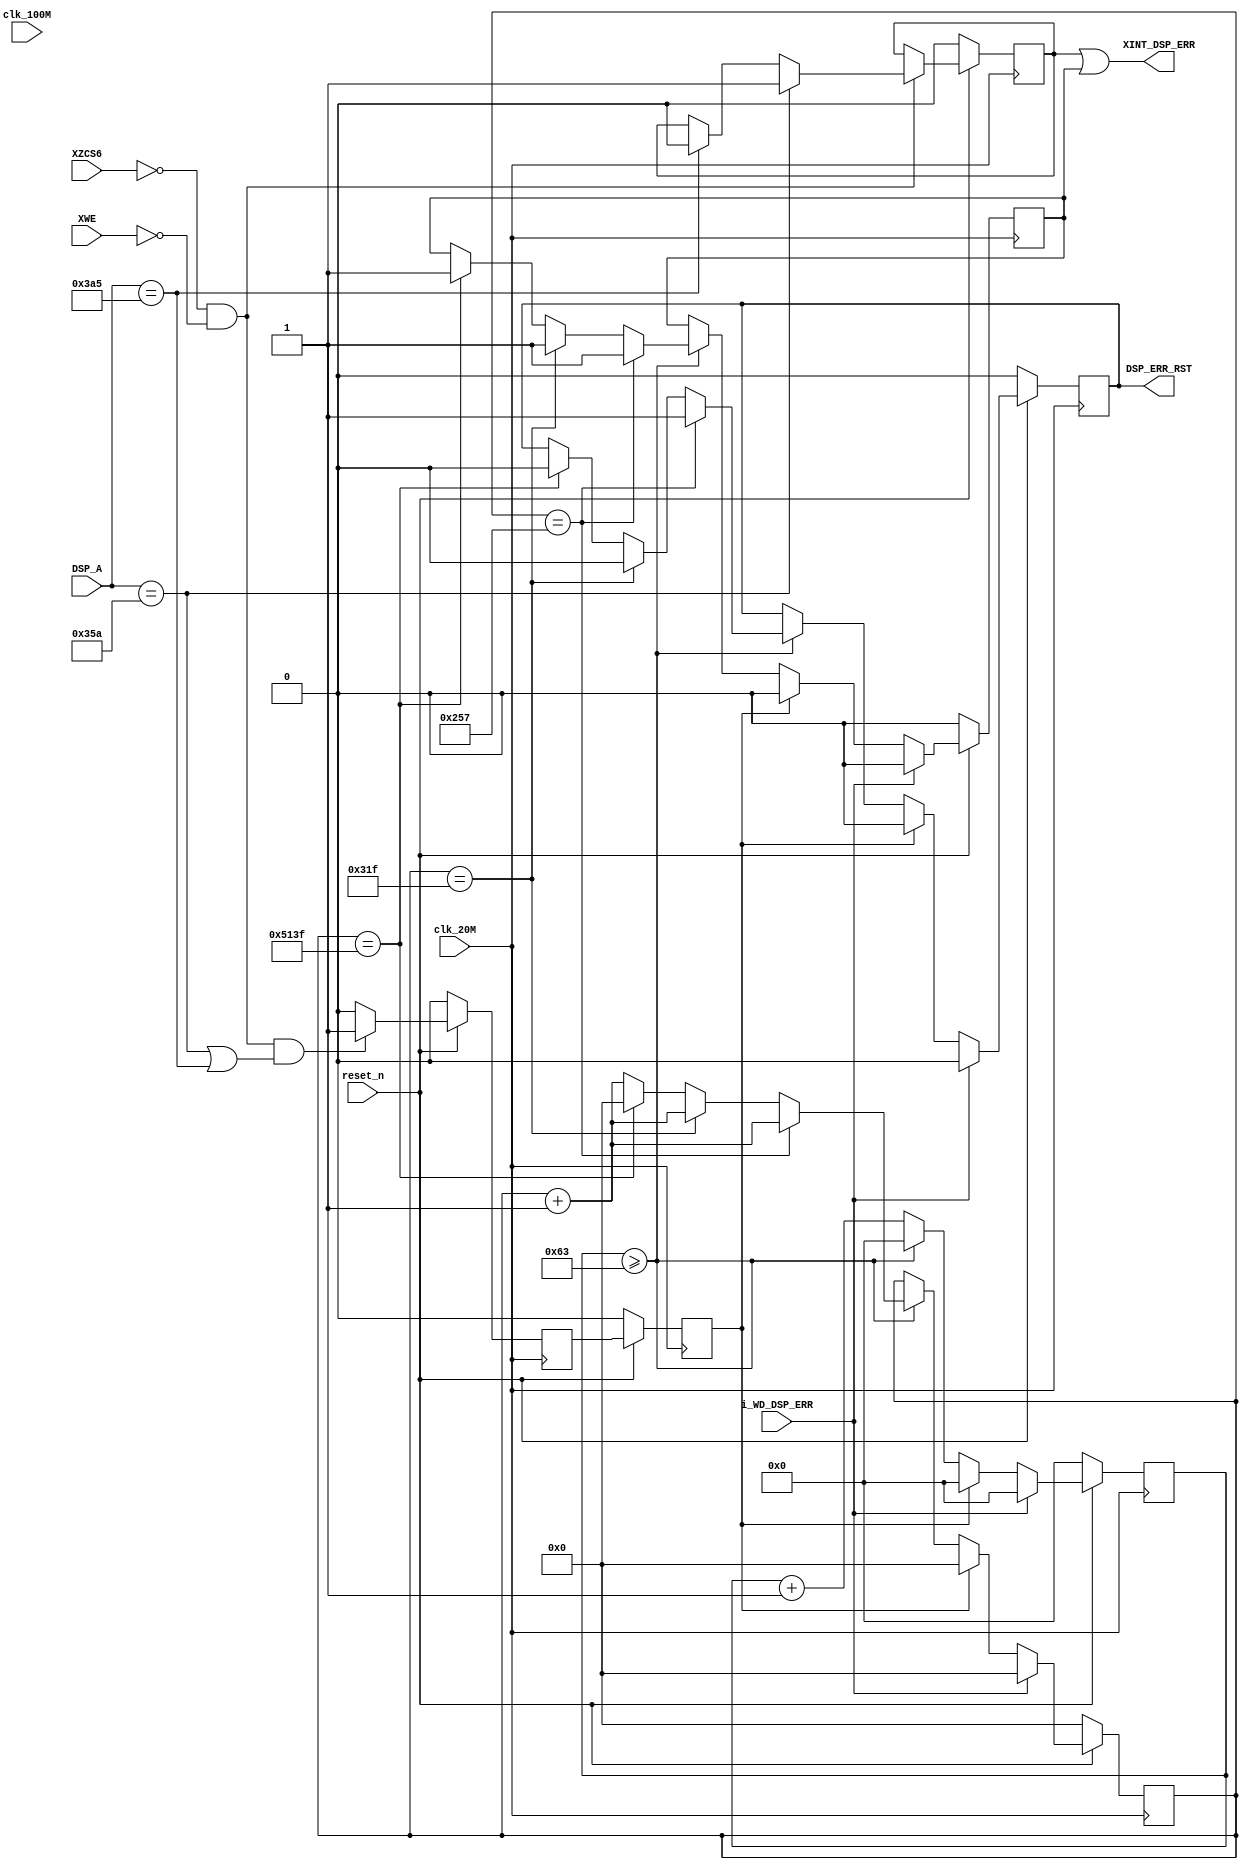
`timescale 1ns / 1ps
//////////////////////////////////////////////////////////////////////////////////
// Company: 
// Engineer: 
// 
// Design Name: 
// Module Name:    XintDSP_Check 
// Project Name: 
// Target Devices: 
// Tool versions: 
// Description: 
//
// Dependencies: 
//
// Revision: 
// Revision 0.01 - File Created
// Additional Comments: 
//
//////////////////////////////////////////////////////////////////////////////////
module XintDSP_Check(
                   input clk_20M,
						 input clk_100M,
						 input reset_n,
						 input XZCS6,
						 input XWE,
						 input [15:0]DSP_A,
						 input i_WD_DSP_ERR,
						 output reg DSP_ERR_RST,
						 output XINT_DSP_ERR
                   );

parameter para_DSP_ERR  = 16'd599;//DSP-3ms
parameter para_DSP_Rst  = para_DSP_ERR + 16'd200;//DSP-1ms
parameter para_DSP_init = para_DSP_Rst + 16'd20_000;//DSP-100ms

wire sig_dsp_addr;
reg sig_dsp_addr0, sig_dsp_addr1;
reg [7:0] cnt1_DSP;
reg [15:0] cnt2_DSP;
reg XINT_ERR;//DSP 156us,DSP
reg DSP_ERR;//DSP3ms,DSP
assign XINT_DSP_ERR = XINT_ERR | DSP_ERR;
assign sig_dsp_addr = ((XZCS6==1'b0) && (XWE==1'b0) && ((DSP_A[15:0]==16'h035A) || (DSP_A[15:0]==16'h03A5))) ? 1'b1 : 1'b0;

always @ (posedge clk_20M)
begin
	if(!reset_n) XINT_ERR <= 1'b0;
	else if((XZCS6 == 1'b0) && (XWE == 1'b0)) begin
		if(DSP_A[15:0]==16'h035A) XINT_ERR <= 1'b1;//DSP 156us
		else if(DSP_A[15:0]==16'h03A5) XINT_ERR <= 1'b0;//DSP 156us
		else XINT_ERR <= XINT_ERR;
	end
	else XINT_ERR <= XINT_ERR;
end
//-------------DSP---------------------
always @ (negedge clk_20M)
begin
	if (!reset_n) begin
		sig_dsp_addr0 <= 1'b0;
		sig_dsp_addr1 <= 1'b0;
	end
	else begin
		sig_dsp_addr0 <= sig_dsp_addr;
		sig_dsp_addr1 <= sig_dsp_addr0;
	end
end

always @ (posedge clk_20M)
begin
	if(!reset_n) begin
		DSP_ERR <= 1'b0;
		DSP_ERR_RST <=1'b0;
		cnt1_DSP <= 8'd0;
		cnt2_DSP <= 16'd0;
	end
	else if ( i_WD_DSP_ERR ==1'b1 ) begin//XINT
		DSP_ERR <= 1'b0;
		DSP_ERR_RST <= 1'b0;
		cnt1_DSP <= 8'd0;
		cnt2_DSP <= 16'd0;
	end
	else if( sig_dsp_addr1 == 1'b1 ) begin
		DSP_ERR <= 1'b0;
		DSP_ERR_RST <= 1'b0;
		cnt1_DSP <= 8'd0;
		cnt2_DSP <= 16'd0;
	end
	else begin		
		if(cnt1_DSP >= 8'd99) begin
			if(cnt2_DSP == para_DSP_ERR) begin//3ms,DSP,DSP1ms,DSP
				DSP_ERR <= 1'b1;
				DSP_ERR_RST <= 1'b1;
				cnt1_DSP <= 8'd0;
				cnt2_DSP <= cnt2_DSP + 16'd1;
			end
			else if(cnt2_DSP == para_DSP_Rst) begin
				DSP_ERR <= 1'b1;
				DSP_ERR_RST <= 1'b0;
				cnt1_DSP <= 8'd0;
				cnt2_DSP <= cnt2_DSP + 16'd1;
			end
			else if(cnt2_DSP == para_DSP_init) begin
				DSP_ERR <= 1'b1;
				DSP_ERR_RST <= 1'b0;
				cnt1_DSP <= 8'd0;
				cnt2_DSP <= 16'd0; 
			end  
			else begin
				DSP_ERR <= DSP_ERR;
				DSP_ERR_RST <= DSP_ERR_RST;
				cnt1_DSP <= 8'd0;
				cnt2_DSP <= cnt2_DSP + 16'd1; 
			end
		end   
		else begin
			DSP_ERR <= DSP_ERR;
			DSP_ERR_RST <= DSP_ERR_RST;
			cnt1_DSP <= cnt1_DSP + 8'd1;
			cnt2_DSP <= cnt2_DSP;
		end
	end
end
//-------------------------------------------------------------------
//wire [35:0] ILAControl;
//wire [79:0] data_chipscp; 
//assign data_chipscp [14:0] ={10'd0,DSP_ERR_RST,i_WD_DSP_ERR,XINT_ERR,XWE,XZCS6};
//assign data_chipscp [15] = DSP_ERR;
//assign data_chipscp [31:16] = DSP_A[15:0];
//assign data_chipscp [55:32] = cnt1_DSP;
////assign data_chipscp [63:48] = cnt2_DSP;
////assign data_chipscp [79:64] = ;
//
//new_icon u_icon ( 
//     .CONTROL0            ( ILAControl) 
//); 
//
//
//new_ila u_ila (
//     .CONTROL            ( ILAControl), 
//     .CLK                ( clk_100M), 
//     .DATA               ( data_chipscp), 
//     .TRIG0              ( XINT_ERR), 
//	  .TRIG1              ( DSP_ERR),
//     .TRIG2              ( DSP_ERR_RST), 
//	  .TRIG3              ( DSP_ERR_RST)
//);
endmodule